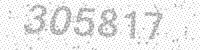
Solution: 305817